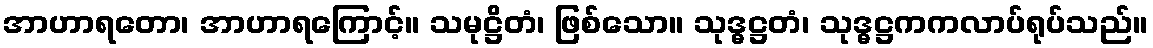
အာဟာရတော၊ အာဟာရကြောင့်။ သမုဋ္ဌိတံ၊ ဖြစ်သော။ သုဒ္ဓဋ္ဌတံ၊ သုဒ္ဓဋ္ဌကကလာပ်ရုပ်သည်။